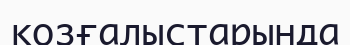
қозғалыстарында